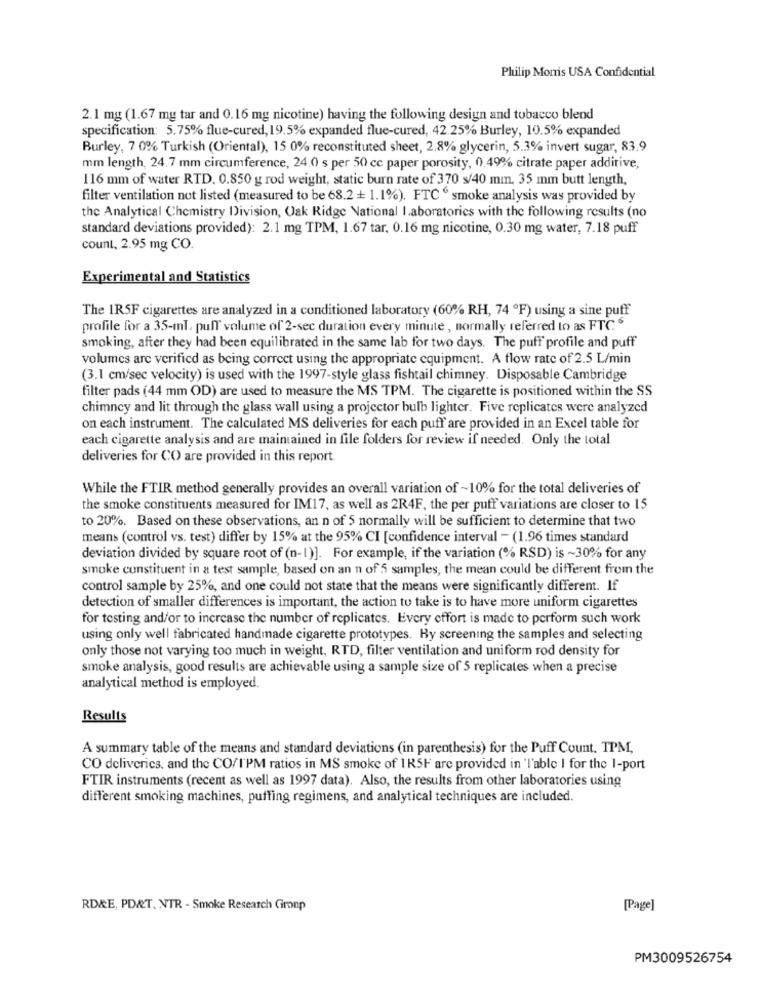
Philip Morris USA Confidential
2.1 mg (1.67 mg tar and 0.16 mg nicotine) having the following design and tobacco blend
specification: 5.75% flue-cured, 19.5% expanded flue-cured, 42.25% Burley, 10.5% expanded
Burley, 7 0% Turkish (Oriental), 15 0% reconstituted sheet, 2.8% glycerin, 5.3% invert sugar, 83.9
mm length, 24.7 mm circumference, 24.0 s per 50 cc paper porosity, 0.49% citrate paper additive,
116 mm of water RTD. 0.850 g rod weight, static burn rate of 370 s/40 mm, 35 mm butt length,
filter ventilation not listed (measured to be 68.2 + 1.1%). FTC " smoke analysis was provided by
the Analytical Chemistry Division, Oak Ridge National I.aboratorics with the following results (no
standard deviations provided): 2.1 mg TPM, 1.67 tar, 0.16 mg nicotine, 0.30 mg water, 7.18 puff
count, 2.95 mg CO.
Experimental and Statistics
The IR5F cigarettes are analyzed in a conditioned laboratory (60% RH, 74 ºF) using a sine puff
profile for a 35-ml, pull volume of 2-sec duration every minute , normally referred to as FTC
smoking, after they had been equilibrated in the same lab for two days. The puff" profile and puff
volumes arc verified as being correct using the appropriate equipment. A flow rate of 2.5 L/min
(3.1 cm/sec velocity) is used with the 1997-style glass fishtail chimney. Disposable Cambridge
filter pads (44 mm OD) are used to measure the MS TPM. The cigarette is positioned within the SS
chimney and lit through the glass wall using a projector bulb lighter. Five replicates were analyzed
on each instrument. The calculated MS deliveries for each puff' are provided in an Excel table for
each cigarette analysis and are maintained in file folders for review if needed. Only the total
deliveries for CO are provided in this report.
While the FTIR method generally provides an overall variation of ~10% for the total deliveries of
the smoke constituents measured for IM17, as well as 2R4F, the per puff variations are closer to 15
to 20%. Based on these observations, an n of 5 normally will be sufficient to determine that two
means (control vs. test) differ by 15% at the 95% CI [confidence interval - (1.96 times standard
deviation divided by square root of (n-1)]. For example, if the variation (% RSD) is ~30% for any
smoke constituent in a test sample, based on an n of 5 samples, the mean could be different from the
control sample by 25%, and one could not state that the means were significantly different. If
detection of smaller differences is important, the action to take is to have more uniform cigarettes
for testing and/or to increase the number of replicates. Every effort is made to perform such work
using only well fabricated handmade cigarette prototypes. Hy screening the samples and selecting
only those not varying too much in weight, RTD, filter ventilation and uniform rod density for
smoke analysis, good results are achievable using a sample size of 5 replicates when a precise
analytical method is employed.
Results
A summary table of the means and standard deviations (in parenthesis) for the Puff Count. TPM,
CO deliveries, and the CO/I'PM ratios in MS smoke of 1RSF are provided in 'Table I for the 1-port
FTIR instruments (recent as well as 1997 data). Also, the results from other laboratories using
different smoking machines, puffing regimens, and analytical techniques are included.
RD&E, PD&T. NTR - Smoke Research Group
[Page]
PM3009526754